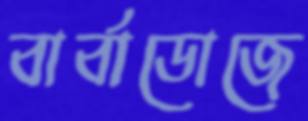
বার্বাডোজে